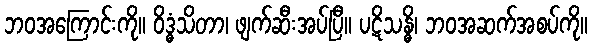
ဘဝအကြောင်းကို။ ဝိဒ္ဓံသိတာ၊ ဖျက်ဆီးအပ်ပြီ။ ပဋိသန္ဓိ၊ ဘဝအဆက်အစပ်ကို။